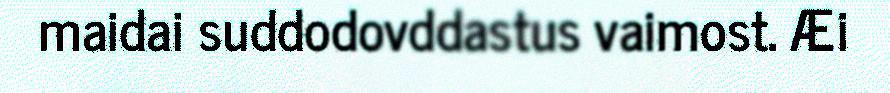
maidai suddodovddastus vaimost. Æi